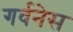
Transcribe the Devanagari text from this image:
गर्वनेस